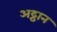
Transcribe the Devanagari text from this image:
अट्ठान